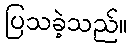
ပြသခဲ့သည်။